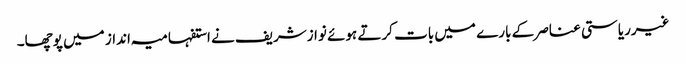
غیرریاستی عناصر کے بارے میں بات کرتے ہوئے نوازشریف نے استفہامیہ انداز میں پوچھا۔